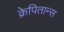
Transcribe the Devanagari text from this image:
क्रेपितान्स